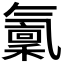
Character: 𣱭